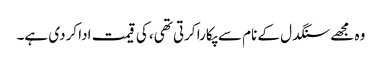
وہ مجھے سنگدل کے نام سے پکارا کرتی تھی، کی قیمت ادا کردی ہے۔